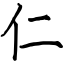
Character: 仁